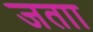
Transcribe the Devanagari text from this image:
जताा